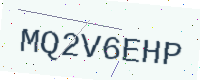
Text: MQ2V6EHP